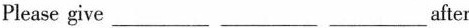
Please give____ ___ ___after